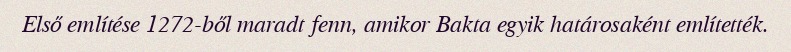
Első említése 1272-ből maradt fenn, amikor Bakta egyik határosaként említették.